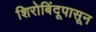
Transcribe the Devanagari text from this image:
शिरोबिंदूपासून